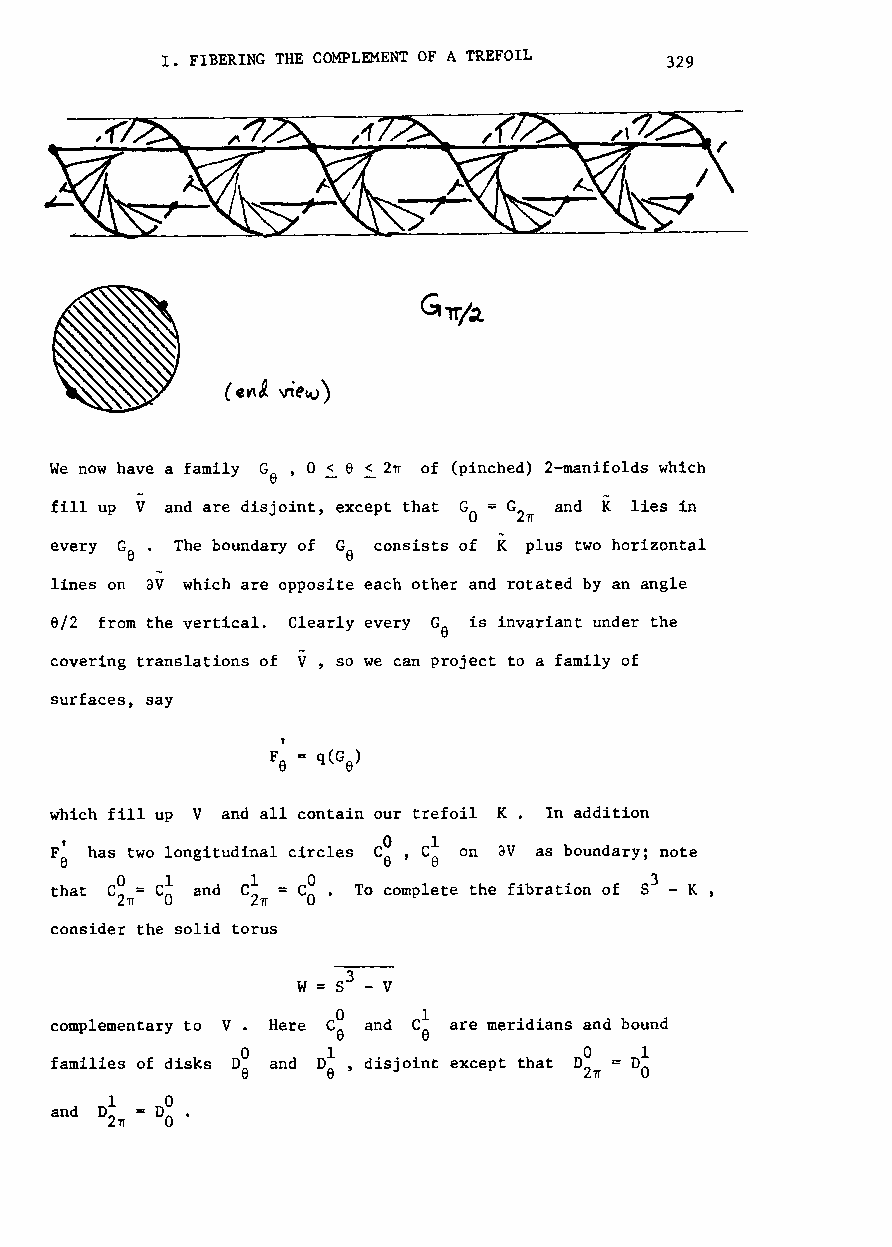
I. FIBERING THE COMPLEMENT OF ATREFOIL
 329
 We now have a family Ge ' 0 ~ e ~ 2tr of (pinched) 2-manifolds which
 fill up V and are disjoint, except that GO = G and K lies in
 2tr
 every G
 6
 • The boundary of Ga consists of K plus two horizontal
 lines on av which are opposite each other and rotated by an angle
 6/2 from the vertical. Clearly every Ge is invariant under the
 covering translations of V, so we can project to a family of
 surfaces, say
 which fill up V and all contain our trefoil K. In addition
 has two longitudinal circles on av as boundary; note
 that      and       To complete the fibration of
 consider the solid torus
 complementary to Here and  are meridians and bound
 families of disks and disjoint except that
 and